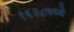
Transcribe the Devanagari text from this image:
१६२८मध्ये